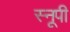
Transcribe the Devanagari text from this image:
स्नूपी